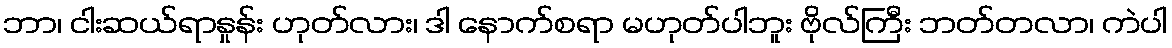
ဘာ၊ ငါးဆယ်ရာနှုန်း ဟုတ်လား၊ ဒါ နောက်စရာ မဟုတ်ပါဘူး ဗိုလ်ကြီး ဘတ်တလာ၊ ကဲပါ